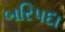
બરિપદા